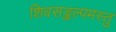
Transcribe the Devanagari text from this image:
शिवसङ्कल्पमस्तु